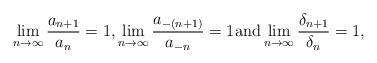
LaTeX: \begin{align*}\lim_{n\to\infty}\frac{a_{n+1}}{a_n}=1, \lim_{n\to\infty}\frac{a_{-(n+1)}}{a_{-n}}=1 \mbox{and} \lim_{n\to\infty}\frac{\delta_{n+1}}{\delta_n}=1,\end{align*}